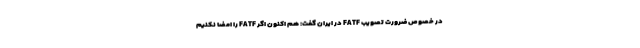
در خصوص ضرورت تصویب FATF در ایران گفت: هم اکنون اگر FATF را امضا نکنیم